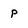
Character: p